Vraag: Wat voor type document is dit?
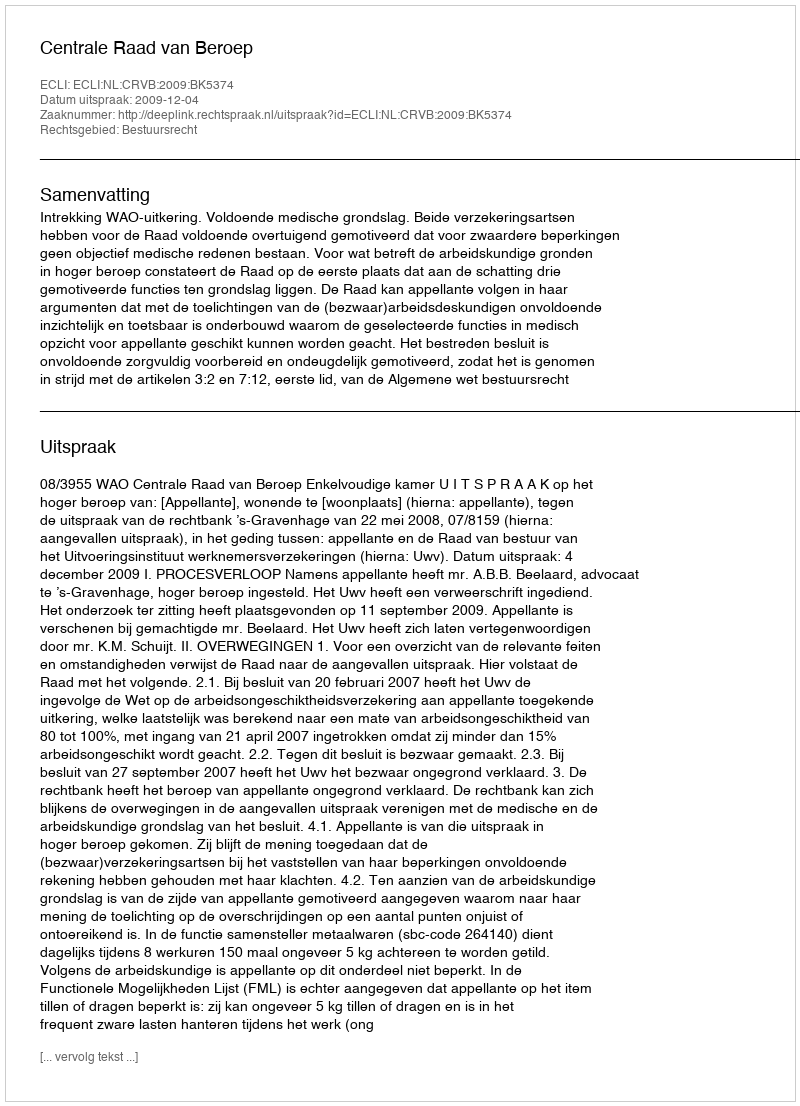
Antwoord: Uitspraak